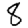
Digit: 8